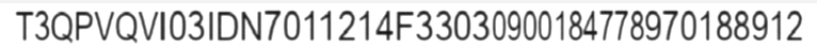
T3QPVQVI03IDN7011214F33030900184778970188912